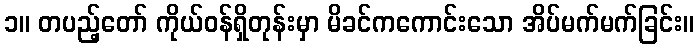
၁။ တပည့်တော် ကိုယ်ဝန်ရှိတုန်းမှာ မိခင်ကကောင်းသော အိပ်မက်မက်ခြင်း။